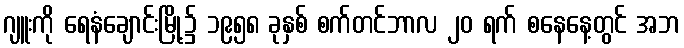
ဂျူးကို ရေနံချောင်းမြို့၌ ၁၉၅၈ ခုနှစ် စက်တင်ဘာလ ၂၀ ရက် စနေနေ့တွင် အဘ